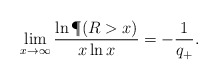
\begin{align*}\lim_{x\to\infty}\frac{\ln \P(R>x)}{x\ln x}=-\frac{1}{q_+}.\end{align*}